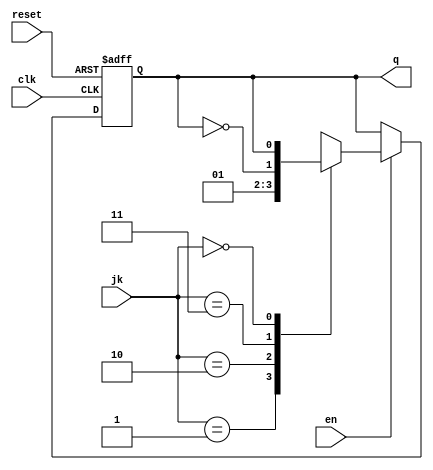
module JKFF_s(q, jk, en, reset, clk);

    output reg q; 

    input [1:0] jk;
    input en, reset, clk;

    always @(posedge clk, posedge reset) begin
         if (reset) 
                q = 1'b0;                   //async reset 
        else begin
            if(en) 
                case (jk)
                    2'b01 : q = 1'b0;       //Reset
                    2'b10 : q = 1'b1;       //Set
                    2'b11 : q = ~q;         //Toggle 
                    2'b00 : q = q;          //Hold 
                endcase
        end
    end

endmodule